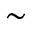
\sim